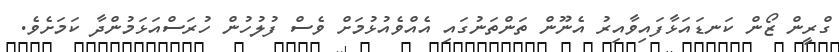
ގްރީން ޒޯން ކަނޑައަޅާފައިވާއިރު އެނޫން ތަންތަނުގައި އެއްވެއުޅުމަށް ވެސް ފުލުހުން ހުރަސްއަޅަމުންދާ ކަމަށެވެ.